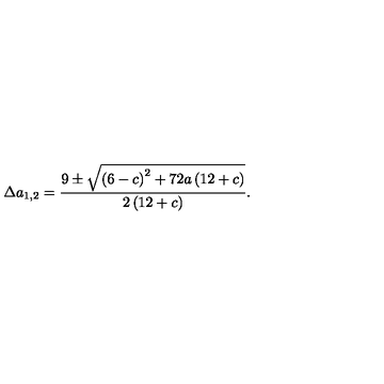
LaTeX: \Delta a _ { 1 , 2 } = \frac { 9 \pm { \sqrt { { \left( 6 - c \right) } ^ { 2 } + 7 2 a \left( 1 2 + c \right) } } } { 2 \left( 1 2 + c \right) } .